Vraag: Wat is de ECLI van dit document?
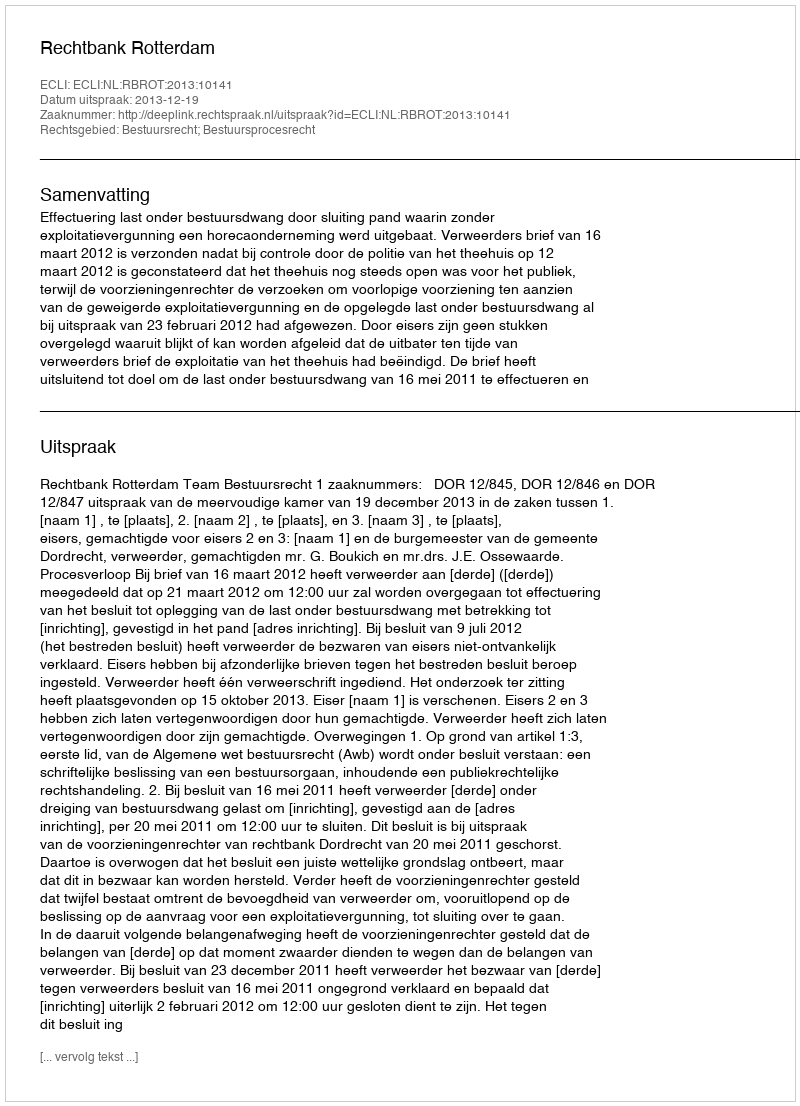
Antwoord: ECLI:NL:RBROT:2013:10141